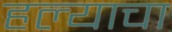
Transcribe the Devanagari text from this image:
हल्याचा